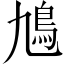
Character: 𩾛